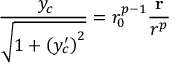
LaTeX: \frac { { \bf \nabla } y _ { c } } { \sqrt { 1 + \left( y _ { c } ^ { \prime } \right) ^ { 2 } } } = r _ { 0 } ^ { p - 1 } \frac { { \bf r } } { r ^ { p } }